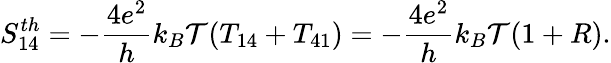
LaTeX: {S_{14}^{th}}=-\frac{4e^{2}}{h}k_{B}\mathcal{T}(T_{14}+T_{41})=-\frac{4e^{2}}{h}k_{B}\mathcal{T}(1+R).